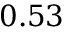
0 . 5 3